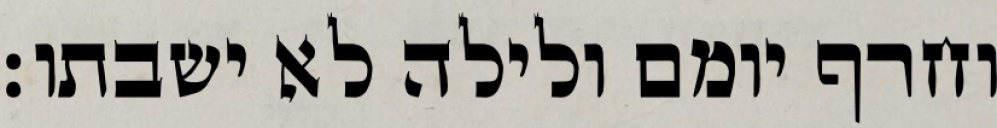
וחרף יומם ולילה לא ישבתו׃